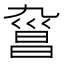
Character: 𣉑